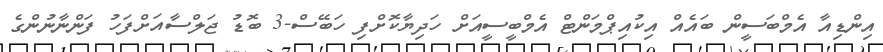
އިންޑިއާ އެމްބަސީން ބައެއް އިކުއިޕްމަންޓް އެމްބީސީއަށް ހަދިޔާކޮށްފި ހަބޭސް-3 ބޮޑު ޖަލްސާއަށްފަހު ފަންނާނުންގެ